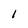
Character: l